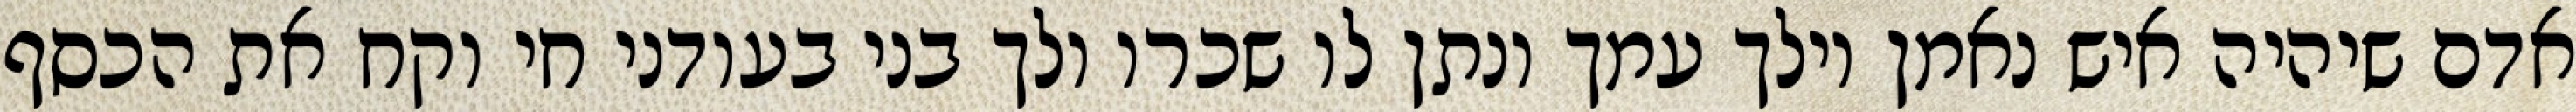
אדם שיהיה איש נאמן וילך עמך ונתן לו שכרו ולך בני בעודני חי וקח את הכסף